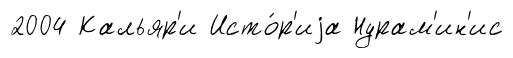
2004 Кальяр'и Исто́р'иjа Нурам'ин'ис